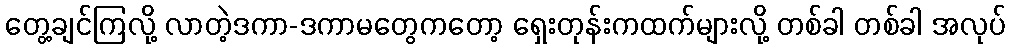
တွေ့ချင်ကြလို့ လာတဲ့ဒကာ-ဒကာမတွေကတော့ ရှေးတုန်းကထက်များလို့ တစ်ခါ တစ်ခါ အလုပ်